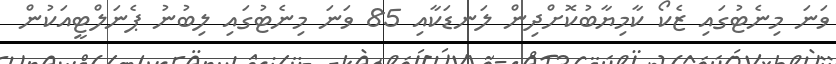
ވަނަ މިނެޓުގައި ޒެކޯ ކާމިޔާބުކޮށްދިން ލަނޑަކާއި 85 ވަނަ މިނެޓުގައި ލިބުނު ޕެނަލްޓީއަކުން